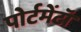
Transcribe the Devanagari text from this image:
पोर्टमेंटॉ